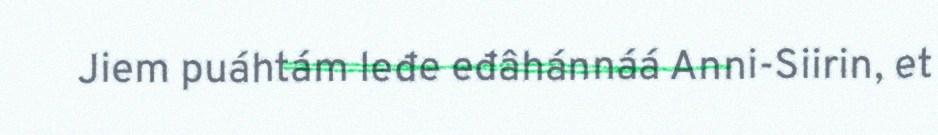
Jiem puáhtám leđe eđâhánnáá Anni-Siirin, et